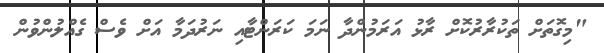
"މިގޮތަށް ތަކުރާރުކޮށް ރާޅު އަރަމުންދާ ނަމަ ކަރަންޓާއި ނަރުދަމާ އަށް ވެސް ގެއްލުންވުން